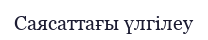
Саясаттағы үлгілеу